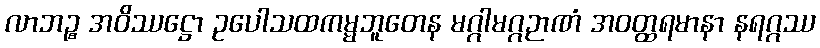
လာဘဉ္စ အဝိဿဋ္ဌော ဥပေါသထကမ္မဘူတေန မဂ္ဂါမဂ္ဂဉာဏံ အဝတ္ထရမာနာ နရဂ္ဂဿ